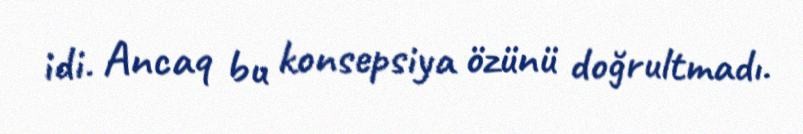
idi. Ancaq bu konsepsiya özünü doğrultmadı.